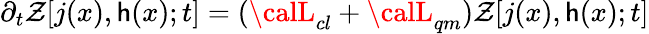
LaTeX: \partial_{t}\mathcal{Z}[j(x),\mathsf{h}(x);t]=({\calL}_{cl}+{\calL}_{qm})\mathcal{Z}[j(x),\mathsf{h}(x);t]